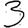
Digit: 3